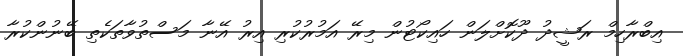
އިބްރާހިމް ރަޝީދު ދޫކޮށްލަން ހައިކޯޓުން މިރޭ އަމުރުކުރި އިރު އޭނާ މަސްތުވާތަކެތި ބޭނުންކުރާ